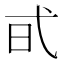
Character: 𢎃